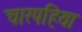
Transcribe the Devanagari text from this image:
चारपहिया